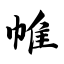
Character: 帷